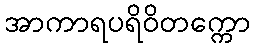
အာကာရပရိဝိတက္ကော